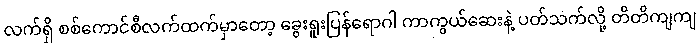
လက်ရှိ စစ်ကောင်စီလက်ထက်မှာတော့ ခွေးရူးပြန်ရောဂါ ကာကွယ်ဆေးနဲ့ ပတ်သက်လို့ တိတိကျကျ